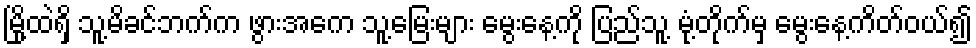
မြို့ထဲရှိ သူ့မိခင်ဘက်က ဖွားအေက သူ့မြေးများ မွေးနေ့ကို ပြည်သူ့ မုံ့တိုက်မှ မွေးနေ့ကိတ်ဝယ်၍